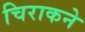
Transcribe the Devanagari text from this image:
चिराकने